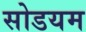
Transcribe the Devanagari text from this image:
सोडयम